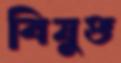
বিযুক্ত